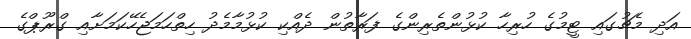
އަދި މެޗުގައި ޓީމުގެ ހުރިހާ ކުޅުންތެރިންގެ ފަރާތުން ދެއްކި ކުޅުމާމެދު ހިތްހަމަޖެހޭކަމަށާއި ގްރޫޕްގެ